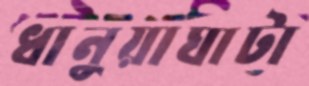
ধানুয়াঘাটা